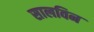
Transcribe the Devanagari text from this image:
सालविन